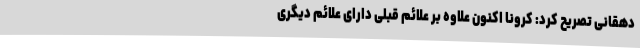
دهقانی تصریح کرد: کرونا اکنون علاوه بر علائم قبلی دارای علائم دیگری